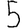
Digit: 5